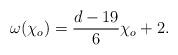
LaTeX: \begin{align*}\omega({\chi_o})={{d-19}\over{6}}{\chi_o}+2.\end{align*}